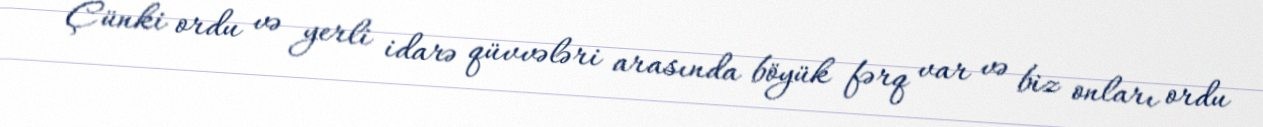
Çünki ordu və yerli idarə qüvvələri arasında böyük fərq var və biz onları ordu